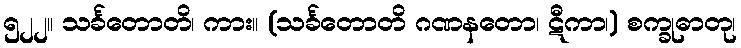
၅၂၂။ သင်္ခတောတိ၊ ကား။ (သင်္ခတောတိ ဂဏနတော၊ ဋီကာ၊) စက္ခုဓာတု၊